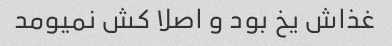
غذاش یخ بود و اصلا کش نمیومد